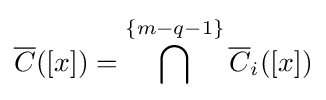
{\overline {C}}([x])=\bigcap ^{\{m-q-1\}}{\overline {C}}_{i}([x])